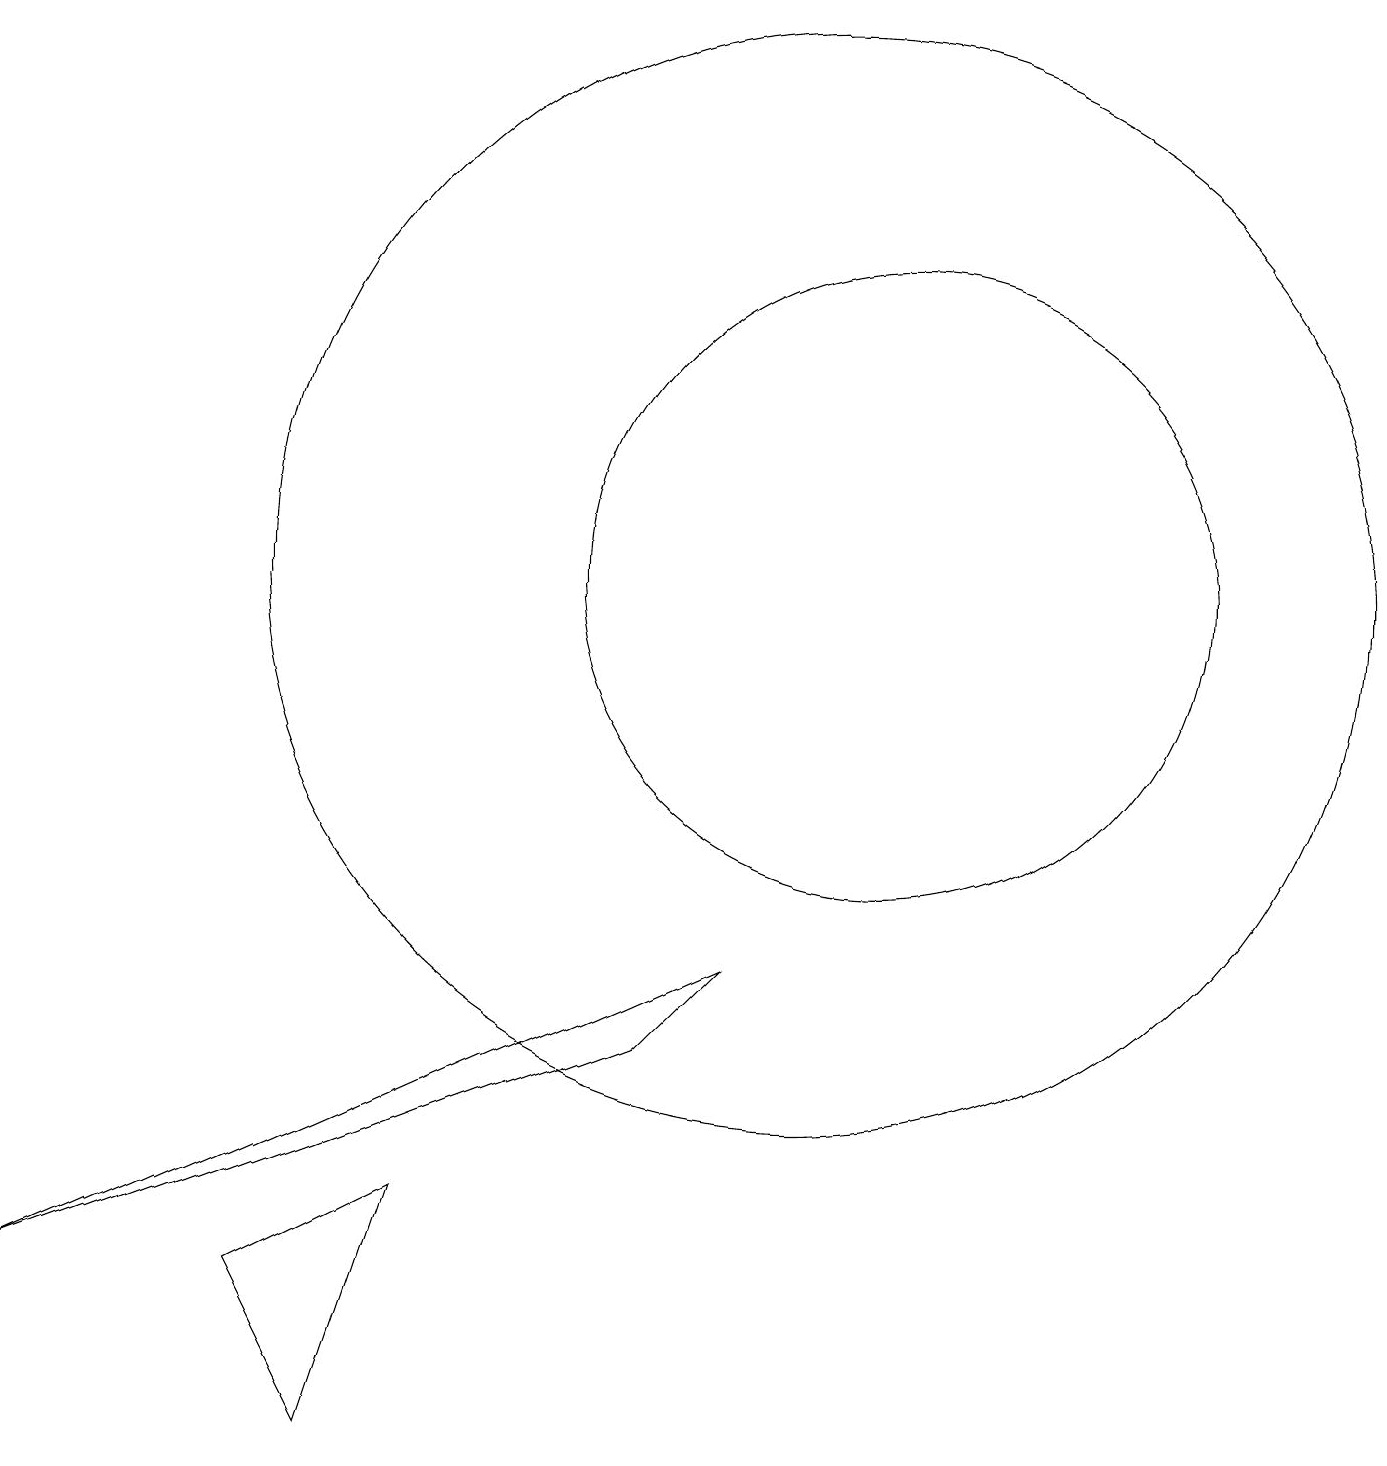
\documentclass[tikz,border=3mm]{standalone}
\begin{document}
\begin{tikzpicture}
\draw (3,2) -- (4,0) -- (5,3) -- cycle;
\draw (10,11) circle (7);
\draw (11,11) circle (4);
\draw (0,2) -- (9,6) -- (8,5) -- cycle;
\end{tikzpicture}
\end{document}